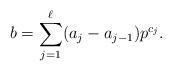
LaTeX: \begin{align*}b=\sum\limits_{j=1}^\ell(a_j-a_{j-1})p^{c_j}.\end{align*}